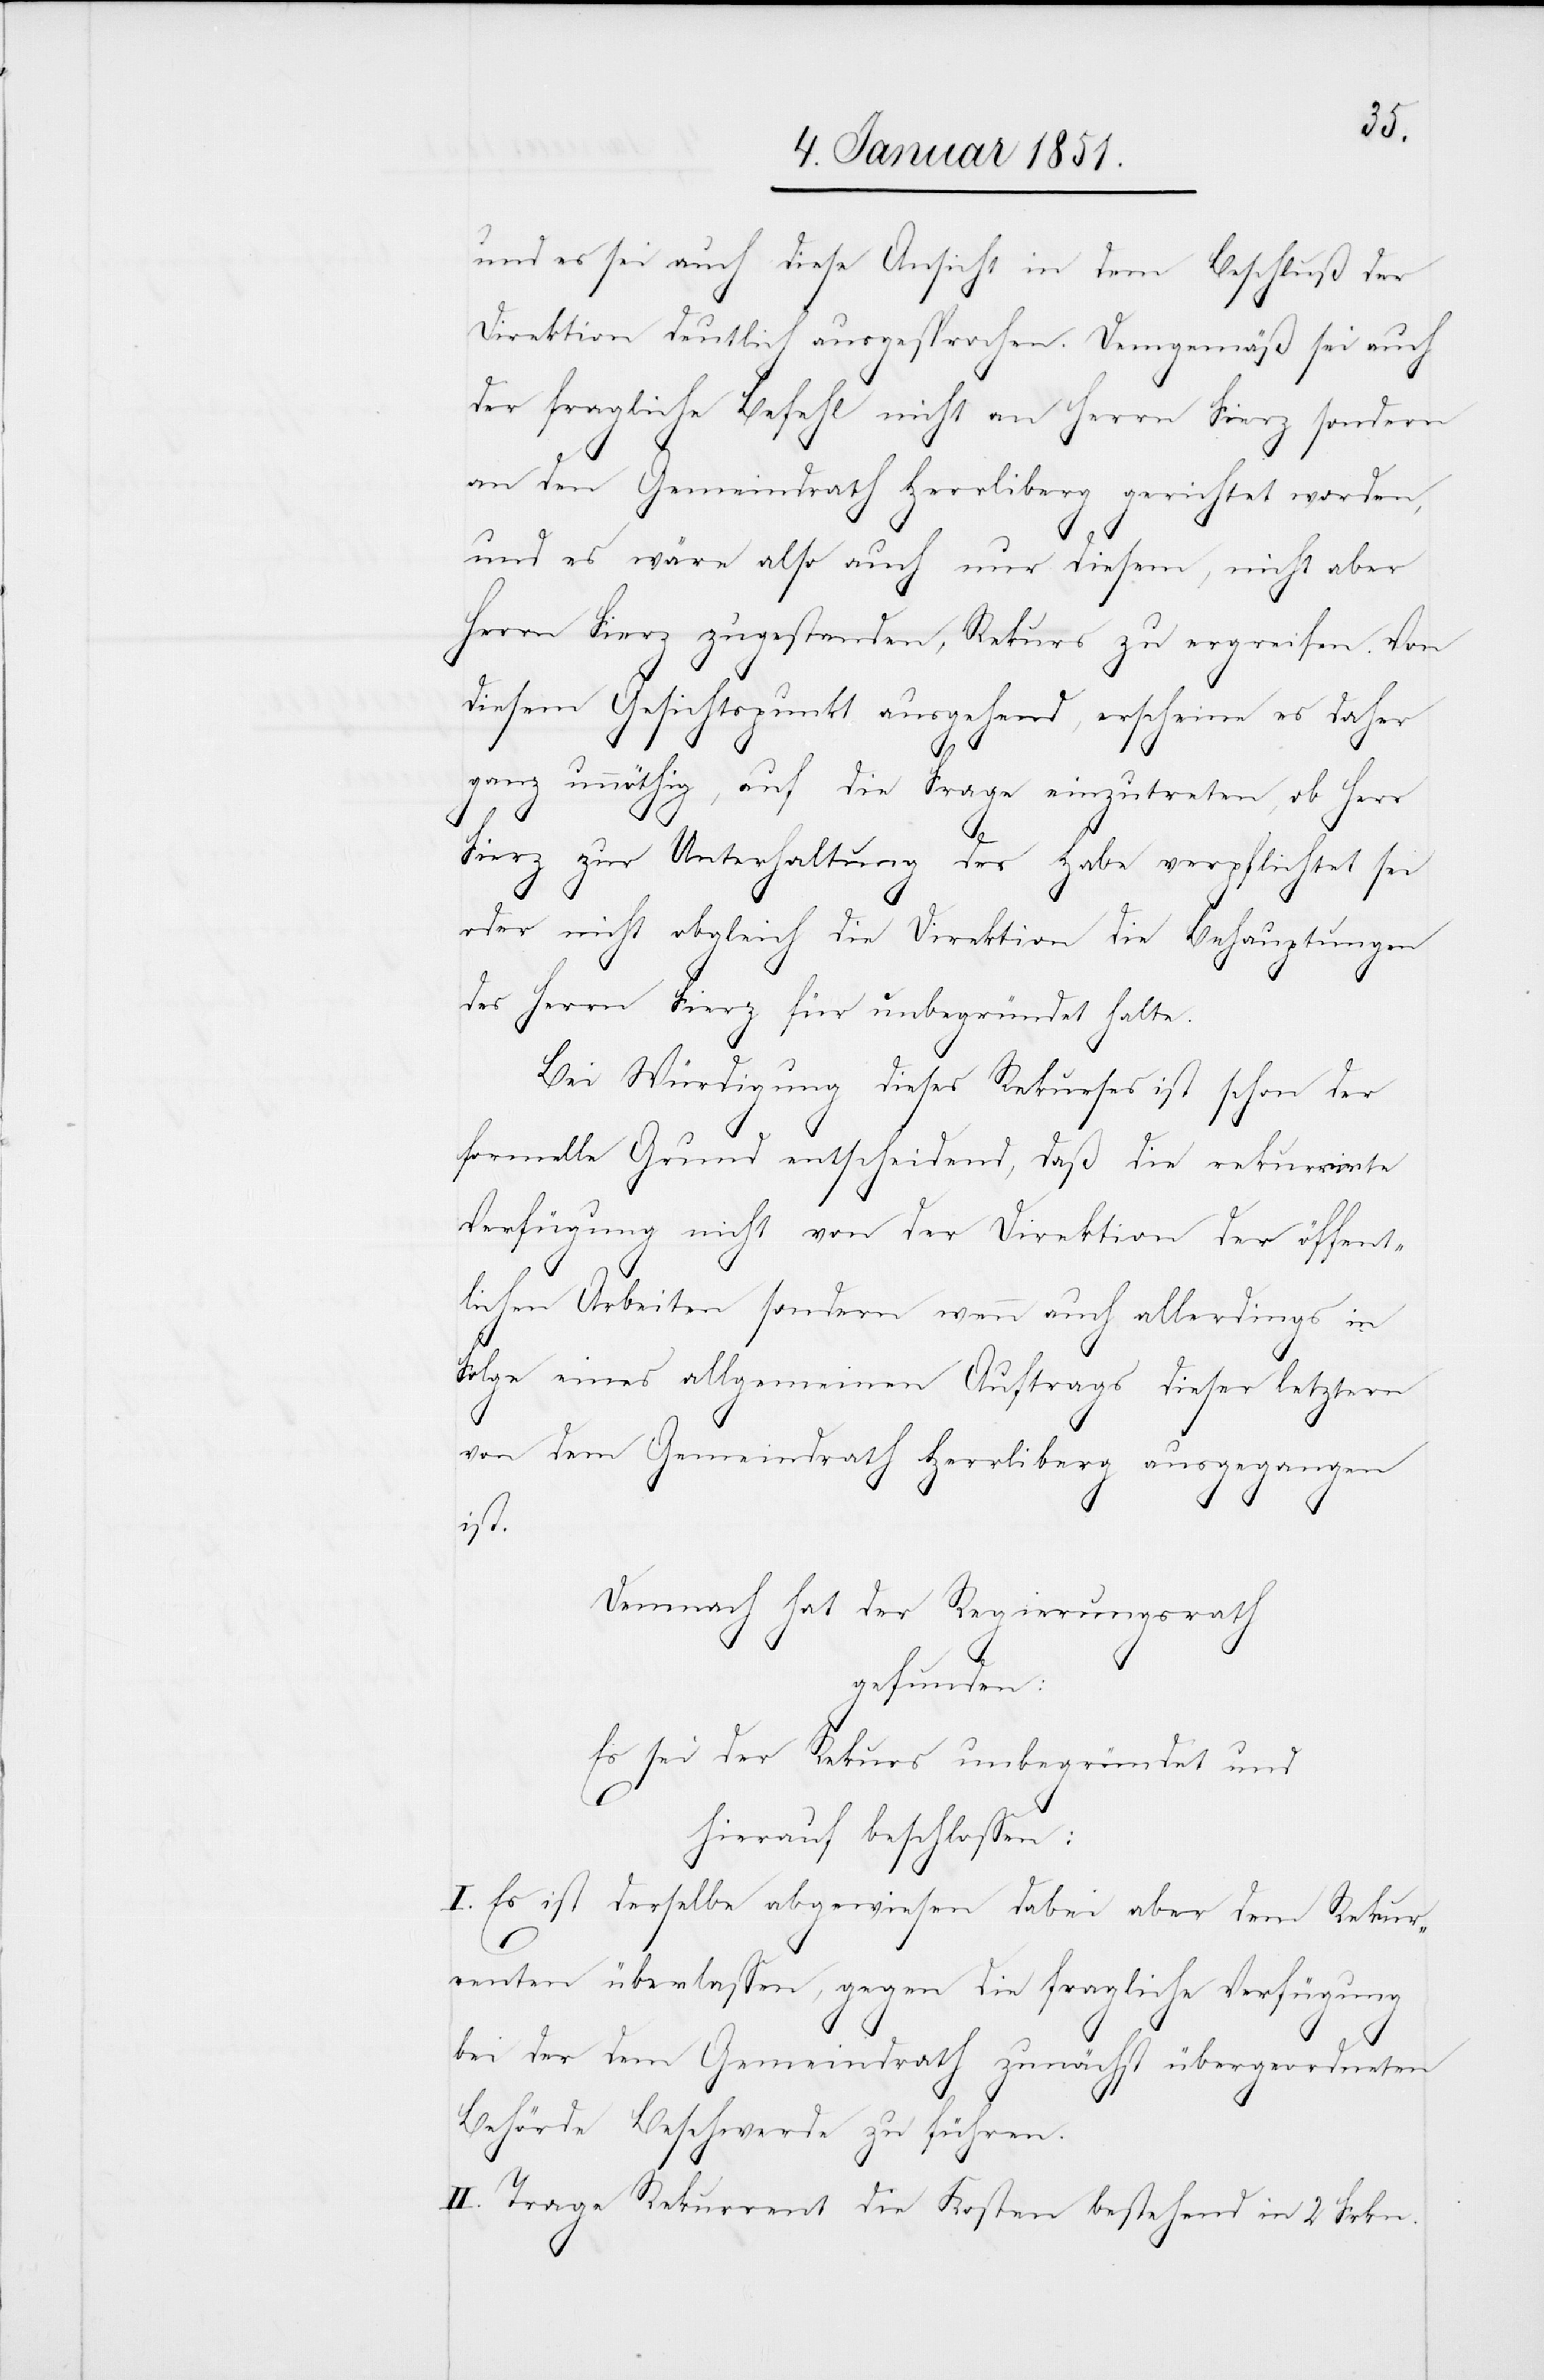
und es sei auch diese Ansicht in dem Beschluß der
Direktion deutlich ausgesprochen. Demgemäß sei auch
der fragliche Befehl nicht an Herrn Fierz sondern
an den Gemeindrath Herrliberg gerichtet worden,
und es wäre also auch nur diesem, nicht aber
Herrn Fierz zugestanden, Rekurs zu ergreifen. Von
diesem Gesichtspunkt ausgehend, erscheine es daher
ganz unnöthig, auf die Frage einzutreten, ob Herr
Fierz zu Unterhaltung der Habe verpflichtet sei
oder nicht obgleich die Direktion die Behauptungen
des Herrn Fierz für unbegründet halte.
Bei Würdigung dieses Rekurses ist schon der
formelle Grund entscheidend, daß die rekurrirte
Verfügung nicht von der Direktion der öffent¬
lichen Arbeiten sondern wenn auch allerdings in
Folge eines allgemeinen Auftrags dieser letztern
von dem Gemeindrath Herrliberg ausgegangen
ist.
Demnach hat der Regierungsrath
gefunden:
Es sei der Rekurs unbegründet und
hierauf beschlossen:
I. Es ist derselbe abgewiesen dabei aber dem Rekur¬
renten überlassen, gegen die fragliche Verfügung
bei der dem Gemeindrath zunächst übergeordneten
Behörde Beschwerde zu führen.
II. Trage Rekurrent die Kosten bestehend in 2 Frkn.